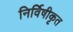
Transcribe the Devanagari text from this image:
निर्विषीकृत